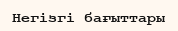
Негізгі бағыттары